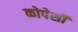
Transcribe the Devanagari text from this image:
कोपेसी